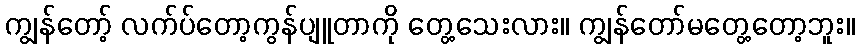
ကျွန်တော့် လက်ပ်တော့ကွန်ပျူတာကို တွေ့သေးလား။ ကျွန်တော်မတွေ့တော့ဘူး။